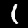
Label: 1